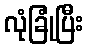
လုံခြုံပြီး